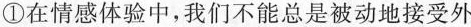
①在情感体验中，我们不能总是被动地接受外